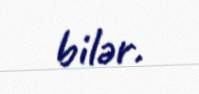
bilər.